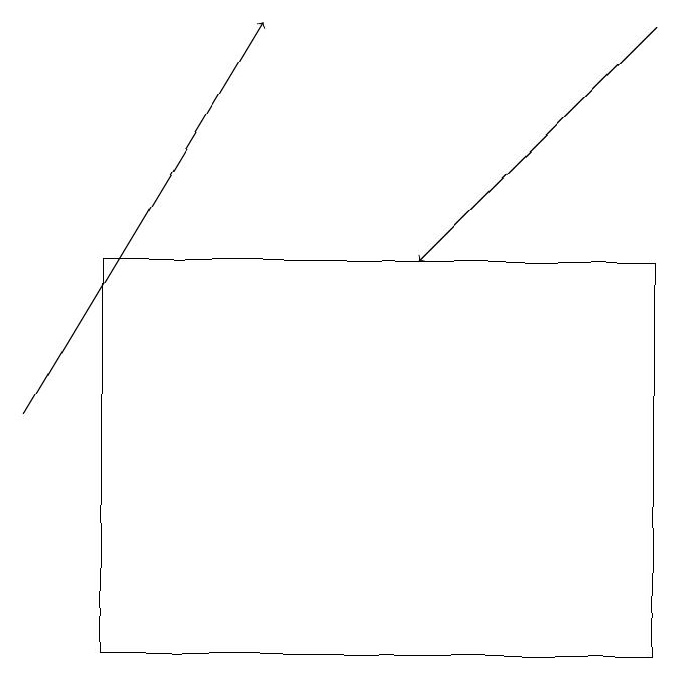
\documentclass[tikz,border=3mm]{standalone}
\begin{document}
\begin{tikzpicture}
\draw[->] (1,14) -- (4,19);
\draw (2,11) rectangle (9,16);
\draw[->] (9,19) -- (6,16);
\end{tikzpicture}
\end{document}